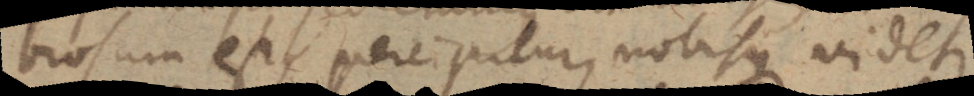
brosum est, percipitur, nobisque videtur